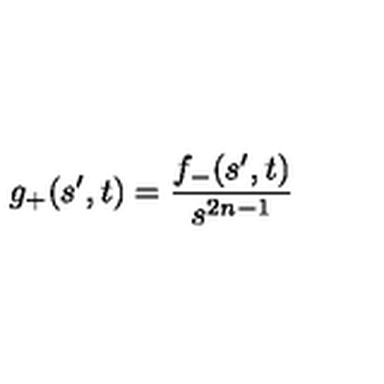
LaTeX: g _ { + } ( s ^ { \prime } , t ) = \frac { f _ { - } ( s ^ { \prime } , t ) } { s ^ { 2 n - 1 } }